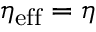
\eta _ { \mathrm { e f f } } = \eta